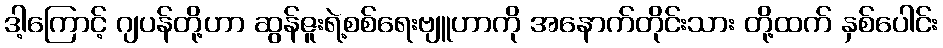
ဒါ့ကြောင့် ဂျပန်တို့ဟာ ဆွန်ဇူးရဲ့စစ်ရေးဗျူဟာကို အနောက်တိုင်းသား တို့ထက် နှစ်ပေါင်း